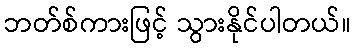
ဘတ်စ်ကားဖြင့် သွားနိုင်ပါတယ်။